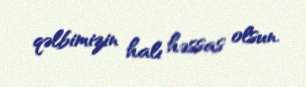
qəlbimizin halı həssas olsun.